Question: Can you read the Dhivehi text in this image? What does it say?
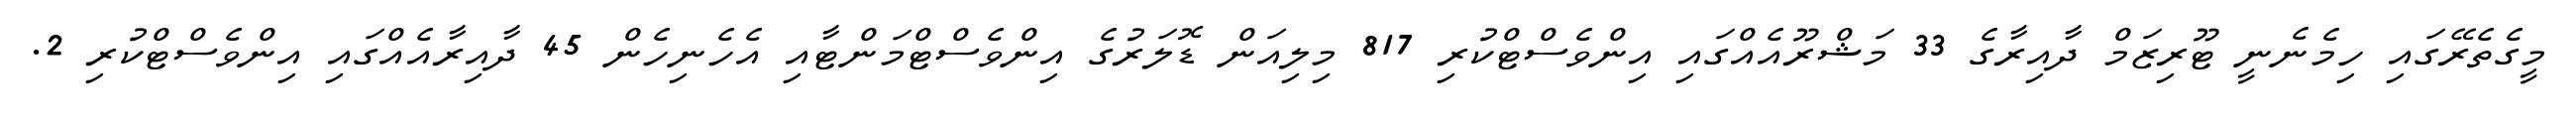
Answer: މީގެތެރޭގައި ހިމެނެނީ ޓޫރިޒަމް ދާއިރާގެ 33 މަޝްރޫއެއްގައި އިންވެސްޓްކުރި 817 މިލިއަން ޑޮލަރުގެ އިންވެސްޓްމަންޓާއި އެހެނިހެން 45 ދާއިރާއެއްގައި އިންވެސްޓްކުރި 2.